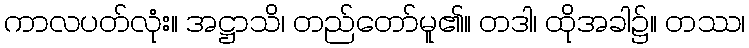
ကာလပတ်လုံး။ အဋ္ဌာသိ၊ တည်တော်မူ၏။ တဒါ၊ ထိုအခါ၌။ တဿ၊